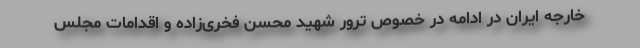
خارجه ایران در ادامه در خصوص ترور شهید محسن فخری‌زاده و اقدامات مجلس